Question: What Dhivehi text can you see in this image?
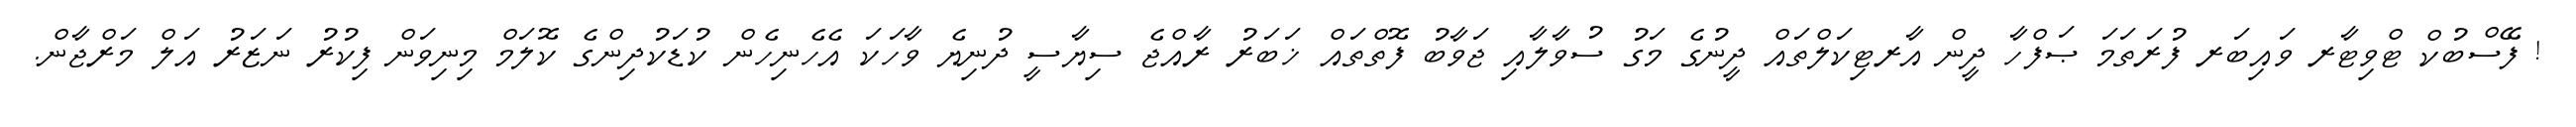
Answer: ! ފޭސްބުކް ޓްވިޓާރ ވައިބަރ ފުރަތަމަ ޞަފްހާ ދީން އާރޓިކަލްތައް ދީނުގެ މަގު ސުވާލާއި ޖަވާބު ފޮތްތައް ޚަބަރު ރާއްޖެ ސިޔާސީ ދުނިޔެ ވާހަކަ އެހެނިހެން ކުޑަކުދިންގެ ކޮލަމް މިނިވަން ފިކުރު ނަޒަރު އަލް މަރްޖާން.